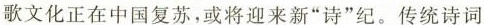
歌文化正在中国复苏，或将迎来新”诗”纪。传统诗词